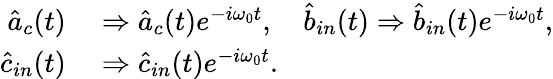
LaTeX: \begin{array}{rl}{\hat{a}_{c}(t)}&{{}\Rightarrow\hat{a}_{c}(t)e^{-i\omega_{0}t},\quad\hat{b}_{in}(t)\Rightarrow\hat{b}_{in}(t)e^{-i\omega_{0}t},}\\ {\hat{c}_{in}(t)}&{{}\Rightarrow\hat{c}_{in}(t)e^{-i\omega_{0}t}.}\end{array}